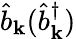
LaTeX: \hat{b}_{\mathbf{k}}(\hat{b}_{\mathbf{k}}^{\dagger})